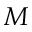
M